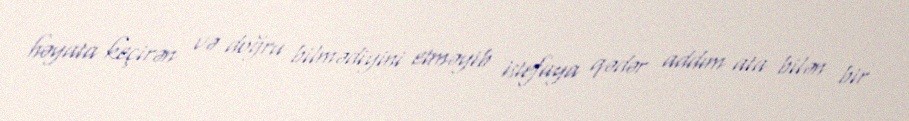
həyata keçirən və doğru bilmədiyini etməyib istefaya qədər addım ata bilən bir